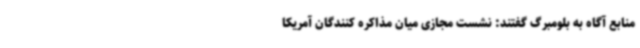
منابع آگاه به بلومبرگ گفتند: نشست مجازی میان مذاکره کنندگان آمریکا